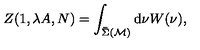
Z ( 1 , \lambda A , N ) = \int _ { \bar { \Sigma } ( { \cal M } ) } \mathrm { d } \nu W ( \nu ) ,